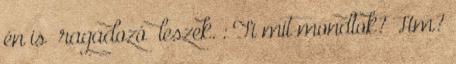
én is “ragadozó” leszek. : Ti mit mondtok? Hm?